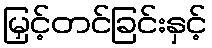
မြှင့်တင်ခြင်းနှင့်